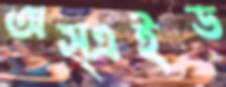
অস্এইড